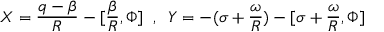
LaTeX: X = \frac { q - \beta } { R } - [ \frac { \beta } { R } , \Phi ] \; \; , \; \; Y = - ( \sigma + \frac { \omega } { R } ) - [ \sigma + \frac { \omega } { R } , \Phi ]